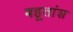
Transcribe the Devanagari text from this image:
बहूतांश